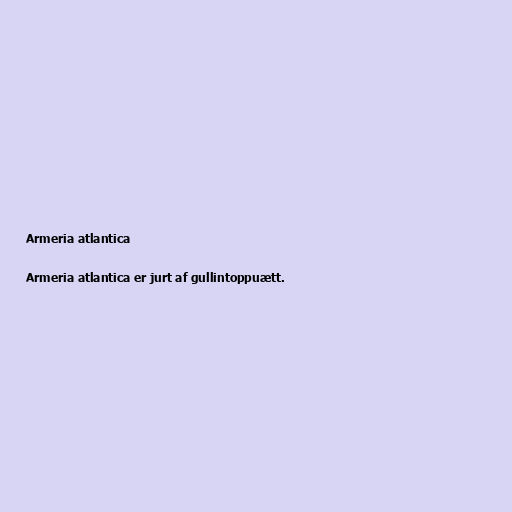
Armeria atlantica

Armeria atlantica er jurt af gullintoppuætt.